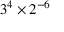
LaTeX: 3 ^ { 4 } \times 2 ^ { - 6 }